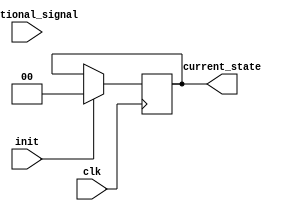
module preconfigured_fsm #(
    parameter STATE_WIDTH = 2,                 // Width of the state register
    parameter INITIAL_STATE = 2'b00            // Pre-configured initial state
) (
    input wire clk,                             // Clock signal
    input wire init,                            // Control signal for initialization
    input wire [STATE_WIDTH-1:0] additional_signal, // Optional additional signals for conditional behavior
    output reg [STATE_WIDTH-1:0] current_state // Current state output
);

// State register initialization
always @(posedge clk) begin
    if (init) begin
        current_state <= INITIAL_STATE;       // Set to pre-configured state on init
    end else begin
        // Retain the previous state if init is not activated
        // Implement state transition logic here if needed
        // For now, just hold the current state
        current_state <= current_state; // Placeholder for normal operation
    end
end

endmodule